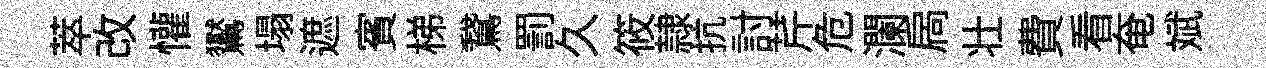
萃改懽鸑塌遮賓梯鵞罰久筱隷抗討芹危瀾扄壮費看奄斌